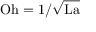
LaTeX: \mathrm { O h } = 1 / { \sqrt { \mathrm { L a } } }